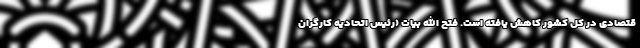
قتصادی در کل کشور کاهش یافته است. فتح الله بیات (رئیس اتحادیه کارگران